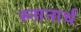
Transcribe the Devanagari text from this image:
स्‍नानार्थ